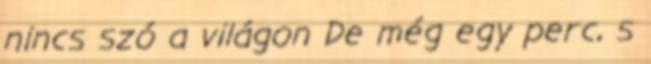
nincs szó a világon De még egy perc, s